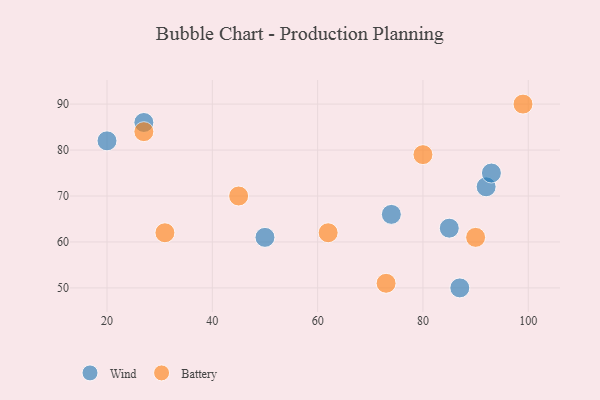
{"axis": {"x": "GDP", "y": "Life Expectancy"}, "legend": ["Battery", "Wind"], "data": [{"x": "27", "y": 86, "type": "Wind"}, {"x": "85", "y": 63, "type": "Wind"}, {"x": "50", "y": 61, "type": "Wind"}, {"x": "87", "y": 50, "type": "Wind"}, {"x": "92", "y": 72, "type": "Wind"}, {"x": "93", "y": 75, "type": "Wind"}, {"x": "20", "y": 82, "type": "Wind"}, {"x": "74", "y": 66, "type": "Wind"}, {"x": "99", "y": 90, "type": "Battery"}, {"x": "90", "y": 61, "type": "Battery"}, {"x": "27", "y": 84, "type": "Battery"}, {"x": "45", "y": 70, "type": "Battery"}, {"x": "31", "y": 62, "type": "Battery"}, {"x": "73", "y": 51, "type": "Battery"}, {"x": "62", "y": 62, "type": "Battery"}, {"x": "80", "y": 79, "type": "Battery"}]}